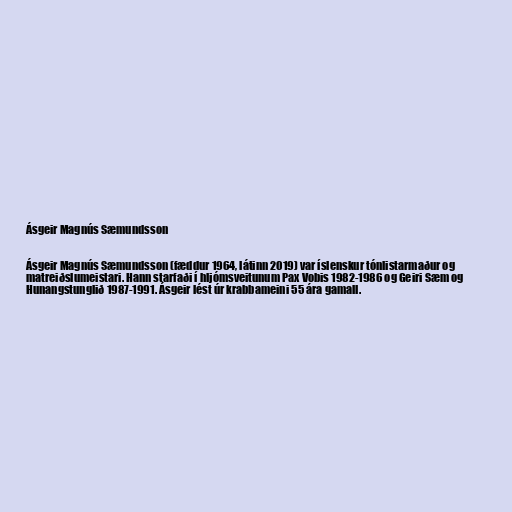
Ásgeir Magnús Sæmundsson

Ásgeir Magnús Sæmundsson (fæddur 1964, látinn 2019) var íslenskur tónlistarmaður og
matreiðslumeistari. Hann starfaði í hljómsveitunum Pax Vobis 1982-1986 og Geiri Sæm og
Hunangstunglið 1987-1991. Ásgeir lést úr krabbameini 55 ára gamall.